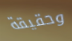
وحقيقة